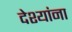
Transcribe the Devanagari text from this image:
देश्यांना